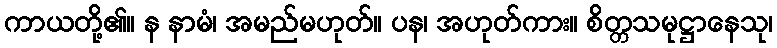
ကာယတို့၏။ န နာမံ၊ အမည်မဟုတ်။ ပန၊ အဟုတ်ကား။ စိတ္တသမုဋ္ဌာနေသု၊